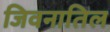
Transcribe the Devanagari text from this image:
जिवनातिल